Account of plague administration in the Bombay Presidency from September 1896 till May 1897
Year: 1896
Disease focus: Plague
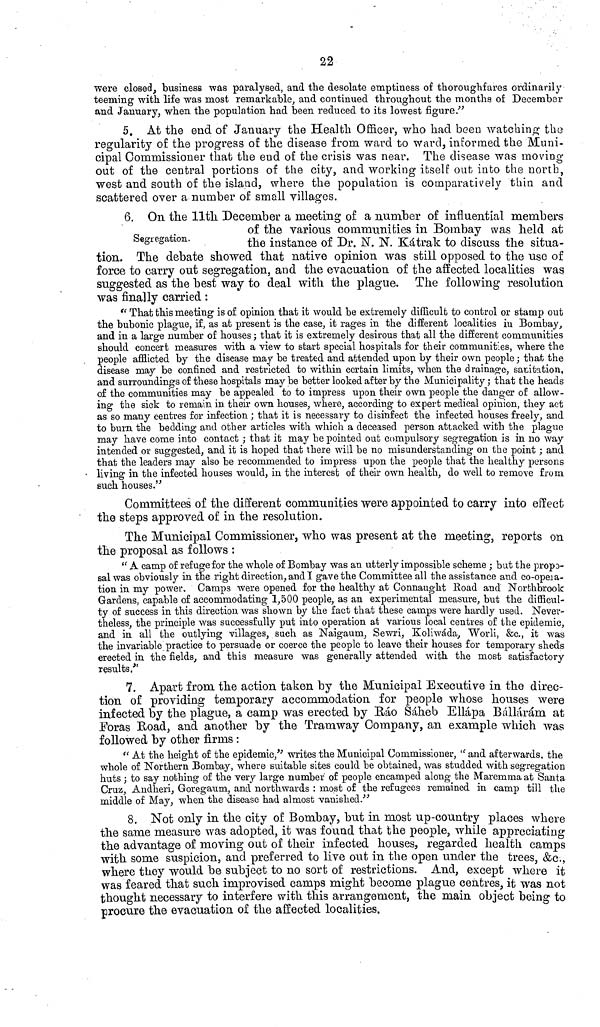
22
were closed, business was paralysed, and the desolate emptiness of thoroughfares ordinarily
teeming with life was most remarkable, and continued throughout the months of December
and January, when the population had been reduced to its lowest figure."
5. At the end of January tlie Health Officer, who had been watching the
regularity of the progress of the disease from ward to ward, informed the Muni-
cipal Commissioner that the end of the crisis was near. The disease was moving
out of the central portions of the city, and working itself out into the north,
west and south of the island, where the population is comparatively thin and
scattered over a number of small villages.
Segregation.
6. On the llth December a meeting of a number of influential members
or tne various communibies in .Bombay was held at
the instance of Dr. Ν. "Ν. Kàtrak to discuss the situa-
tion. The debate showed that native opinion was still opposed to the use of
force to carry out segregation, and the evacuation of the affected localities was
suggested as the best way to deal with the plague. The following resolution
was finally carried :
" That this meeting is of opinion that it would he extremely difficult to control or stamp out
the bubonic plague, if, as at present is the case, it rages in the different localities in Bombay,
and in a large number of houses ; that it is extremely desirous that all the different communities
should concert measures with a view to start special hospitals for their communities, where the
people afflicted by the disease may be treated and attended upon by their own people ; that the
disease may be confined and restricted to within certain limits, when the drainage, sanitation,
and surroundings of these hospitals may be better looked after by the Municipality ; that the heads
of the communities may be appealed to to impress upon their own people the danger of allow-
ing the sick to remain in their own houses, where, according to expert medical opinion, they act
as so many centres for infection ; that it is necessary to disinfect the infected houses freely, and
to burn the bedding and other articles with which a deceased person attacked with the plague
may have come into contact ; that it may he pointed out compulsory segregation is in no way
intended or suggested, and it is hoped that there will be no misunderstanding on the point ; and
that the leaders may also be recommended to impress upon the people that the healthy persons
living in the infected houses would, in the interest of their own health, do well to remove from
such houses."
Committees of the different communities were appointed to carry into effect
the steps approved of in the resolution.
The Municipal Commissioner, who was present at the meeting, reports on
the proposal as follows :
" A camp of refuge for the whole of Bombay was an utterly impossible scheme ; but the propo-
sal was obviously in the right direction, and I gave the Committee all the assistance and co-opeia-
tion in my power. Camps were opened for the healthy at Connaught Road and Norfchbrook
Gardens, capable of accommodating 1,500 people, as an experimental measure, but the difficul-
ty of success in this direction was shown by the fact that these camps were hardly used. Never-
theless, the principle was successfully put into operation at various local centres of the epidemic,
and in all the outlying villages, such as Naigaum, Sewri, Koliwàda, Worli, &c., it was
the invariable practice to persuade or coerce the people to leave their houses for temporary sheds
erected in the fields., and this measure was generally attended with, the most satisfactory
results/'
7. Apart from the action taken by the Municipal Executive in the direc-
tion of providing temporary accommodation for people whose houses were
infected by the plague, a camp was erected by E>ào Saheb Ellàpa Bcallaram at
Foras Road, and another by the Tramway Company, an example which was
followed by other firms :
( ' At the height of the epidemic/' writes the Municipal Commissioner, " and afterwards, the
whole of Northern Bombay, where suitable sites could be obtained, was studded with segregation
huts ; to say nothing of the very large number of people encamped along the Maremma at Santa
Cruz, Andheri, Goregaurn, and northwards : most of the refugees remained in camp till the
middle of May, when the disease had almost vanished."
8. Not only in the city of Bombay, but in most up-country places where
the sanie measure was adopted, it was found that the people, while appreciating
the advantage of moving out of their infected houses, regarded health camps
with some suspicion, and preferred to live out in the open under the trees, &c.,
where they would be subject to no sort of restrictions. And, except where it
was feared that such improvised camps might become plague centres, it was not
thought necessary to interfere with this arrangement, the main object being to
procure the evacuation of the affected localities.